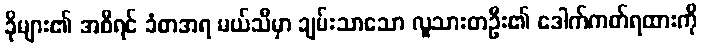
ခိုများ၏ အစီရင် ခံစာအရ မယ်သီမှာ ချမ်းသာသော လူသားတဦး၏ ဒေါက်ကတ်ရထားကို